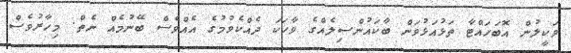
ވަކީލުން އޮބަހައްޓާ ތަޅުއަޅުވަން ބާކައުންސިލެއްގެ ވާހަކަ ދެއްކެވުމުގެ އެއްވެސް ބޭނުމެއް ނެތް. މިހާރުވެސް